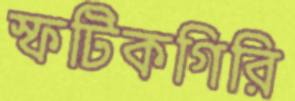
স্ফটিকগিরি